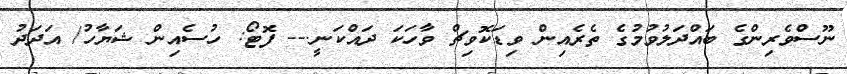
ނޫސްވެރިންގެ ބައްދަލުވުމުގެ ތެރެއިން ވިޑަކޮވިޗް ވާހަކަ ދައްކަނީ.-- ފޮޓޯ: ހުސެއިން ޝަޔާހު/ އަދަދު